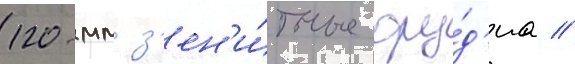
120-мм з'ен'и́тные ору́д'иа //